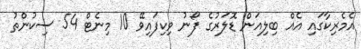
އެމެރިކާގައި އެއް ބިލިއަން ޑޮލަރުގެ ފޯނު ވިކިފައިވޭ 10 މިނެޓް 54 ސިކުންތު